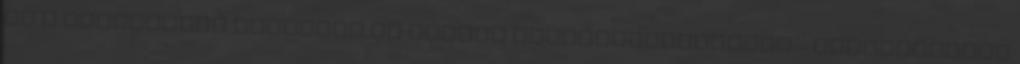
el a kollégiumi folyosók és szobák rekonstrukciójára – hangsúlyozta